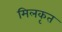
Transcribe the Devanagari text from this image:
मिलकृत